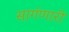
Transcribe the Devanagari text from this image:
सागंणारी